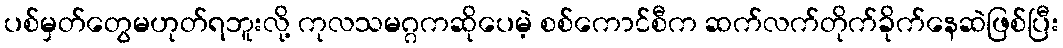
ပစ်မှတ်တွေမဟုတ်ရဘူးလို့ ကုလသမဂ္ဂကဆိုပေမဲ့ စစ်ကောင်စီက ဆက်လက်တိုက်ခိုက်နေဆဲဖြစ်ပြီး